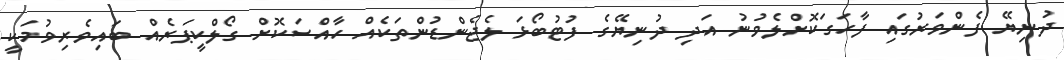
ދުނިޔޭ ފެންވަރުގައި ފާހަގަކޮށްލެވުނު އަދި ދުނިޔޭގެ ފުޓުބޯޅަ ލެޖެންޑުންތަކެއް ހާއްސަކޮށް ގޯލްކީޕަރެއް ބައިވެރިވުމަކީ